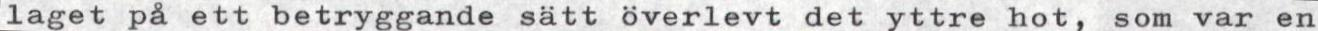
laget på ett betryggande sätt överlevt det yttre hot, som var en